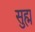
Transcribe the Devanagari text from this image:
सुह्म